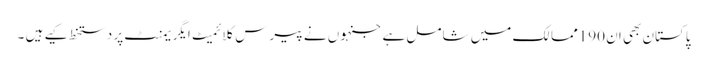
پاکستان بھی ان 190ممالک میں شامل ہے جنہوں نے پیرس کلائمیٹ ایگریمنٹ پر دستخط کیے ہیں ۔